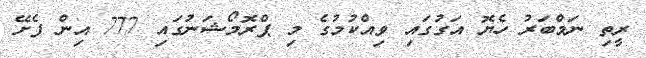
ރީތި ނަމްބަރު ހެޔޮ އަގުގައި ވިއްކުމުގެ މި ޕްރޮމޯޝަނުގައި 777 އިން ފެށޭ